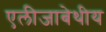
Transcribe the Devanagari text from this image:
एलीजाबेथीय